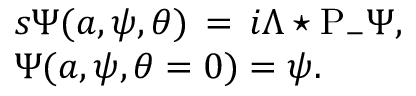
\begin{array} { l } { { { s \Psi ( a , \psi , \theta ) \, = \, i \Lambda \star \mathrm { P } _ { - } \Psi , } } } \\ { { { \Psi ( a , \psi , \theta = 0 ) = \psi . } } } \end{array}